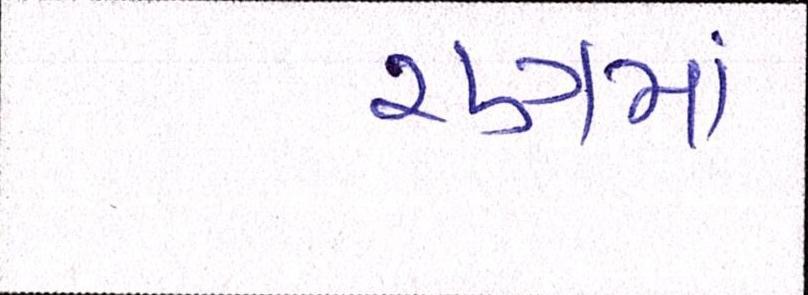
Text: રણમાં